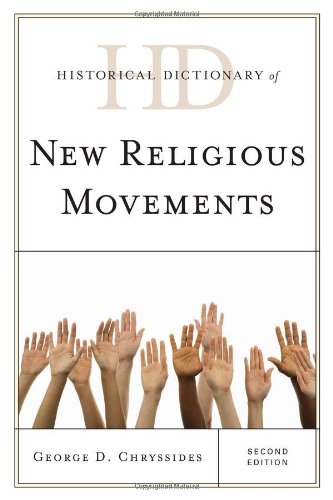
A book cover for Historical Dictionary of New Religious Movements (Historical Dictionaries of Religions, Philosophies, and Movements Series); George D. Chryssides; Religion & Spirituality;